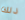
ذلك